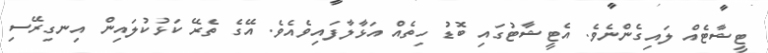
ޓީޝާޓެއް ލައިގެންނެވެ. އެޓީޝާޓުގައި ބޮޑު ހިތެއް އަޅާލާފައިވެއެވެ. އޭގެ ތެރޭ ކަޅުކުލައިން އިނގިރޭސި